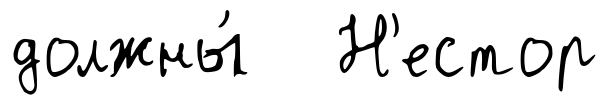
должны́ Н'естор